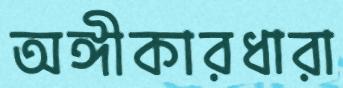
অঙ্গীকারধারা